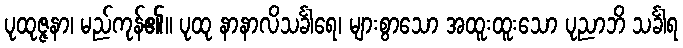
ပုထုဇ္ဇနာ၊ မည်ကုန်၏။ ပုထု နာနာလိသင်္ခါရေ၊ များစွာသော အထူးထူးသော ပုညာဘိ သင်္ခါရ